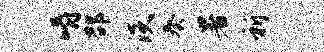
嚼邵淡奏暑祈